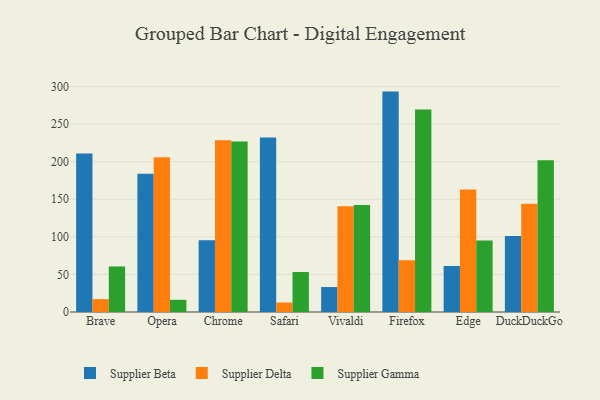
{"axis": {"x": "Browser", "y": "Active Users"}, "legend": ["Supplier Beta", "Supplier Delta", "Supplier Gamma"], "data": [{"x": "Brave", "y": 210.7, "type": "Supplier Beta"}, {"x": "Brave", "y": 17.1, "type": "Supplier Delta"}, {"x": "Brave", "y": 60.6, "type": "Supplier Gamma"}, {"x": "Opera", "y": 183.9, "type": "Supplier Beta"}, {"x": "Opera", "y": 205.9, "type": "Supplier Delta"}, {"x": "Opera", "y": 16.2, "type": "Supplier Gamma"}, {"x": "Chrome", "y": 95.6, "type": "Supplier Beta"}, {"x": "Chrome", "y": 228.6, "type": "Supplier Delta"}, {"x": "Chrome", "y": 226.7, "type": "Supplier Gamma"}, {"x": "Safari", "y": 232.0, "type": "Supplier Beta"}, {"x": "Safari", "y": 12.6, "type": "Supplier Delta"}, {"x": "Safari", "y": 53.2, "type": "Supplier Gamma"}, {"x": "Vivaldi", "y": 33.2, "type": "Supplier Beta"}, {"x": "Vivaldi", "y": 140.7, "type": "Supplier Delta"}, {"x": "Vivaldi", "y": 142.4, "type": "Supplier Gamma"}, {"x": "Firefox", "y": 293.2, "type": "Supplier Beta"}, {"x": "Firefox", "y": 69.0, "type": "Supplier Delta"}, {"x": "Firefox", "y": 269.4, "type": "Supplier Gamma"}, {"x": "Edge", "y": 61.2, "type": "Supplier Beta"}, {"x": "Edge", "y": 163.0, "type": "Supplier Delta"}, {"x": "Edge", "y": 95.2, "type": "Supplier Gamma"}, {"x": "DuckDuckGo", "y": 101.0, "type": "Supplier Beta"}, {"x": "DuckDuckGo", "y": 144.1, "type": "Supplier Delta"}, {"x": "DuckDuckGo", "y": 201.8, "type": "Supplier Gamma"}]}